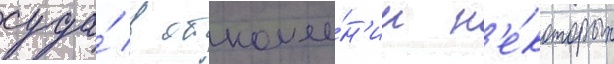
суда́ в отноше́н'ии н'е́которых